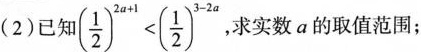
(2)已知 $$( \frac { 1 } { 2 } ) ^ { 2 a + 1 } < ( \frac { 1 } { 2 } ) ^ { 3 - 2 a }$$. 求实数a的取值范围；